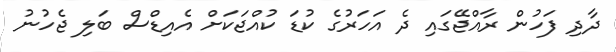
ދާދި ފަހުން ރާއްޖޭގައި ދެ އަހަރުގެ ކުޑަ ކުއްޖަކަށް އެއިޑްސް ބަލި ޖެހުނު